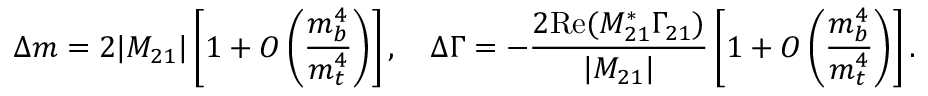
\Delta m = 2 | M _ { 2 1 } | \left[ 1 + { \cal O } \left( \frac { m _ { b } ^ { 4 } } { m _ { t } ^ { 4 } } \right) \right] , \quad \Delta \Gamma = - \frac { 2 \mathrm { R e } ( M _ { 2 1 } ^ { * } \Gamma _ { 2 1 } ) } { | M _ { 2 1 } | } \left[ 1 + { \cal O } \left( \frac { m _ { b } ^ { 4 } } { m _ { t } ^ { 4 } } \right) \right] .